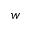
w